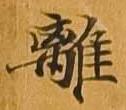
離